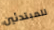
للمبتدئين